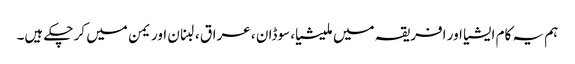
ہم یہ کام ایشیا اور افریقہ میں ملیشیا، سوڈان ، عراق ، لبنان اور یمن میں کر چکے ہیں۔